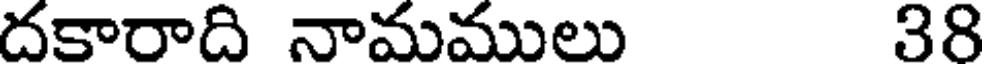
దకారాది నామములు 38